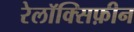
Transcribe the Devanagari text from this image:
रेलॉक्सिफ़ीन